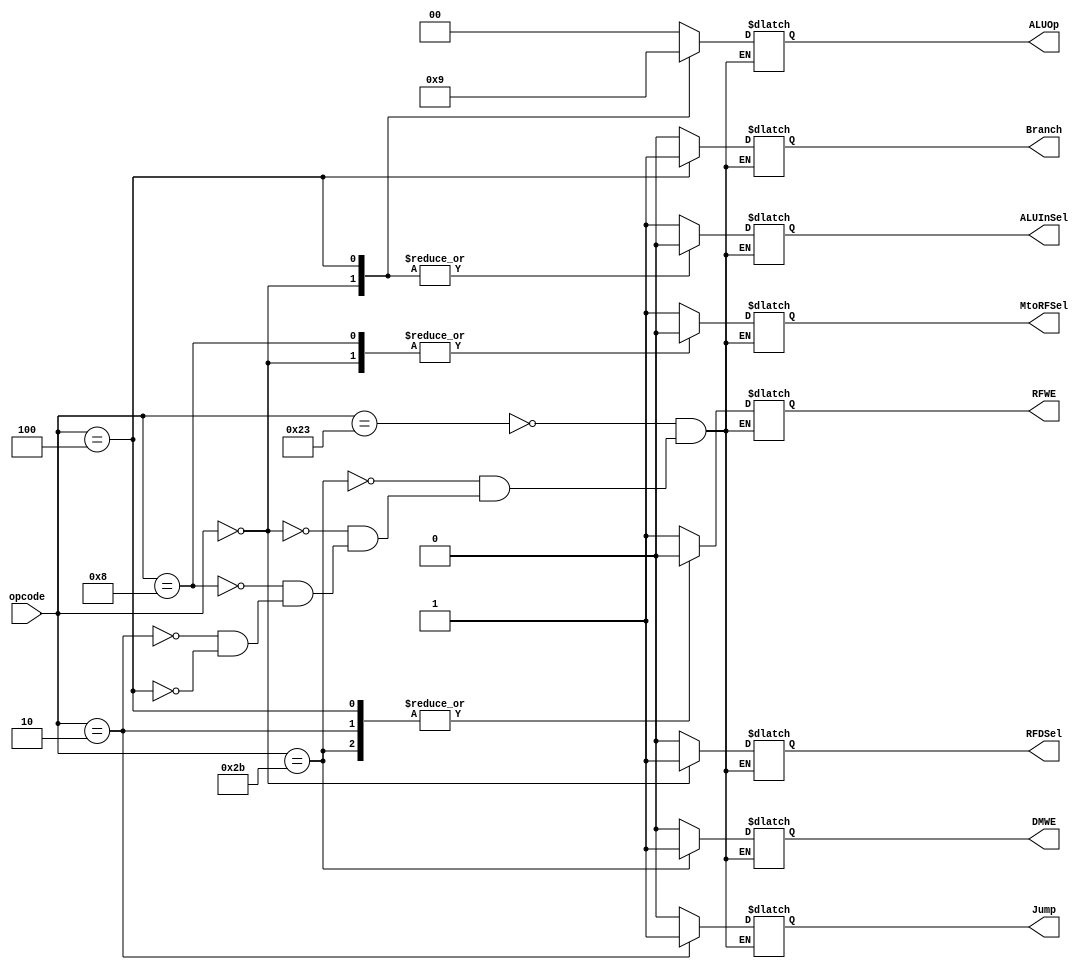
`timescale 1ns / 1ps
//////////////////////////////////////////////////////////////////////////////////
// Company: 
// Engineer: 
// 
// Design Name: 
// Module Name: Control_Unit
// Project Name: 
// Target Devices: 
// Tool Versions: 
// Description: 
// 
// Dependencies: 
// 
// Revision:
// Revision 0.01 - File Created
// Additional Comments:
// 
//////////////////////////////////////////////////////////////////////////////////


module Control_Unit(opcode, MtoRFSel, RFDSel, ALUInSel, Branch, Jump, RFWE, DMWE, ALUOp);
input [5:0] opcode;
output reg MtoRFSel, RFDSel, ALUInSel, Branch, Jump, RFWE, DMWE;
output reg [1:0] ALUOp;

always@(*)
begin
    case(opcode)
    6'b100011: begin //lw
       MtoRFSel = 1'b1;
       RFDSel = 1'b0;
       ALUInSel = 1'b1;
       Branch = 1'b0;
       Jump = 1'b0;
       RFWE = 1'b1;
       DMWE = 1'b0;
       ALUOp = 2'b00; 
       end
    6'b101011: begin // sw
        MtoRFSel = 1'bx;
        RFDSel = 1'b0;
        ALUInSel = 1'b1;
        Jump = 1'b0;
        Branch = 1'b0;
        RFWE = 1'b0;
        DMWE = 1'b1;
        ALUOp = 2'b00;
        end
    6'b000000: begin //R-type instructions
        MtoRFSel = 1'b0;
        RFDSel = 1'b1;
        ALUInSel = 1'b0;
        Jump = 1'b0;
        Branch = 1'b0;
        RFWE = 1'b1;
        DMWE = 1'b0;
        ALUOp = 2'b10;
        end
     6'b001000: begin //addi
        MtoRFSel = 1'b0;
        RFDSel = 1'b0;
        ALUInSel = 1'b1;
        Jump = 1'b0;
        Branch = 1'b0;
        RFWE = 1'b1;
        DMWE = 1'b0;
        ALUOp = 2'b00;
        end
      6'b000010: begin // jump instruction
        MtoRFSel = 1'bx;
        RFDSel = 1'bx;
        ALUInSel = 1'bx;
        Jump = 1'b1;
        Branch = 1'bx;
        RFWE = 1'b0;
        DMWE = 1'b0;
        ALUOp = 2'bxx;
        end
       6'b000100: begin //beq
        MtoRFSel = 1'bx;
        RFDSel = 1'bx;
        ALUInSel = 1'b0;
        Jump = 1'b0;
        Branch = 1'b1;
        RFWE = 1'b0;
        DMWE = 1'b0;
        ALUOp = 2'b01;
        end
       6'b001000:begin//addi
        MtoRFSel = 1'b0;
        RFDSel = 1'b0;
        ALUInSel = 1'b1;
        Jump = 1'b0;
        Branch = 1'b0;
        RFWE = 1'b1;
        DMWE = 1'b0;
        ALUOp = 2'b00;
        end
        endcase
        end
endmodule